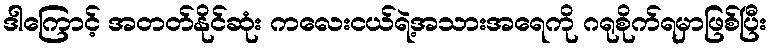
ဒါကြောင့် အတတ်နိုင်ဆုံး ကလေးငယ်ရဲ့အသားအရေကို ဂရုစိုက်ရမှာဖြစ်ပြီး